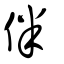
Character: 伴